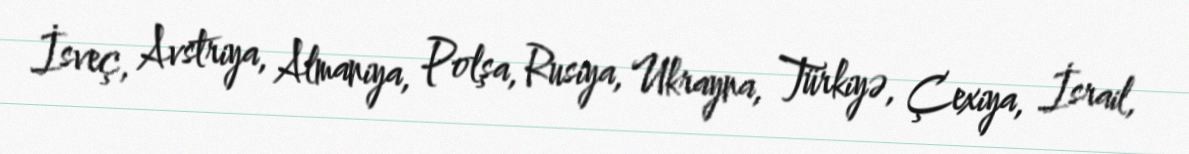
İsveç, Avstriya, Almaniya, Polşa, Rusiya, Ukrayna, Türkiyə, Çexiya, İsrail,